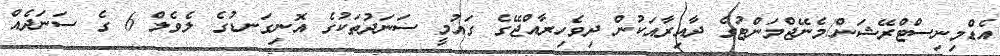
އެޑްމިނިސްޓްރޭޝަން/މެނޭޖްމަންޓުގެ ދާއިރާއަކުން ދިވެހިރާއްޖޭގެ ގައުމީ ސަނަދުތަކުގެ އޮނިގަނޑުގެ ލެވެލް 6 ގެ ސަނަދެއް